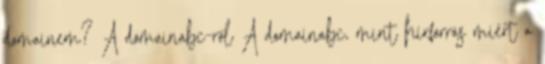
domainem? A domainabc-ről A domainabc, mint hírforrás miért a